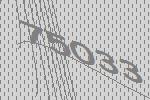
75033